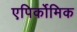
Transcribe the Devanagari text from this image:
एपिर्कोमिक